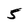
Character: 5